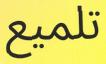
تلميع